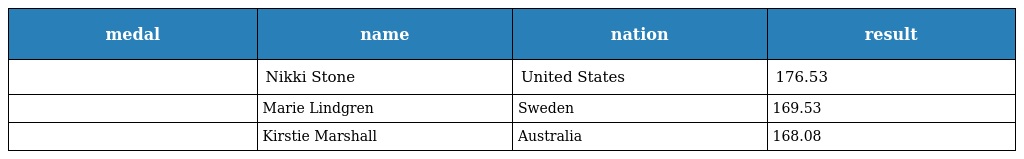
| medal | name | nation | result |
 | --- | --- | --- | --- |
 |  | Nikki Stone | United States | 176.53 |
 |  | Marie Lindgren | Sweden | 169.53 |
 |  | Kirstie Marshall | Australia | 168.08 |